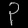
Digit: ၃